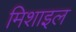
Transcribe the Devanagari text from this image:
मिशाइल